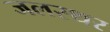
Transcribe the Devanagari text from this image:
जलस्थर